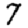
Digit: 7